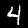
Digit: 4